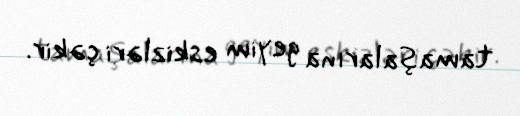
tamaşalarına geyim eskizləri çəkir.